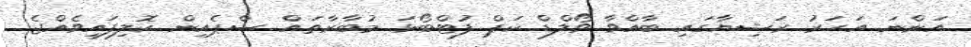
އަންނަ އަހަރު ރަޝިޔާގައި ބާއްވާ ވޯލްޑް ކަޕް ފުޓްބޯޅަ މުބާރާތައް ސްޕެއިން ކޮލިފައިވެއްޖެ